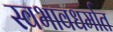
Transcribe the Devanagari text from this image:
स्वभावधर्मात